Report on sanitation, dispensaries, and jails in Rajputana for 1921, and on vaccination for the year 1921-1922 - 1921-1922
Year: 1921
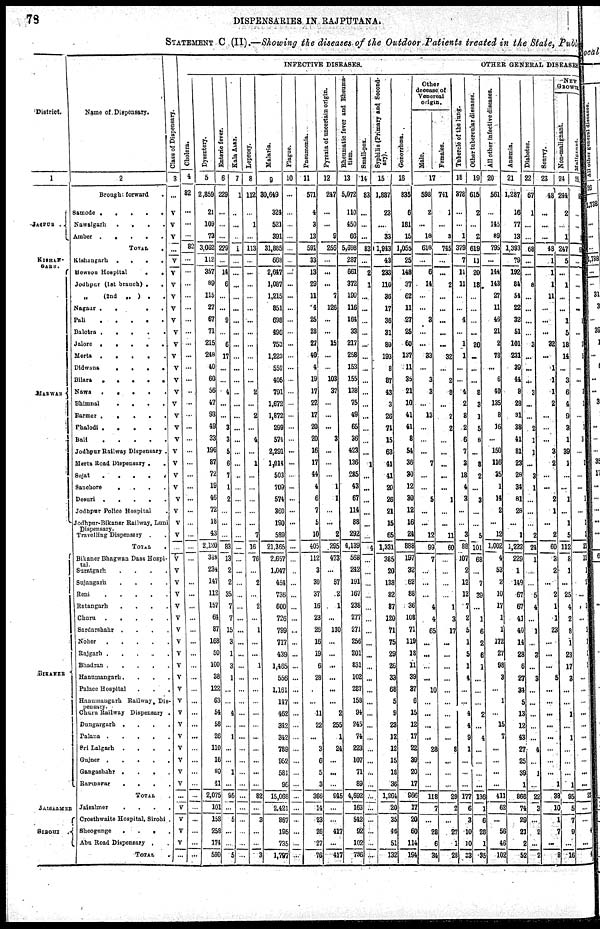
78
DISPENSARIES IN RAJPUTANA.
STATEMENT C (II).—Showing the diseases of the Outdoor Patients treated in the State, Public
District.
1
JAIPUR.
KISHAN¬
GARH.
MARWAR.
BIKANER.
JAISALMER.
SIROHI.
Name of Dispensary.
2
Brought forward.
Samode
.....
Nawalgarh
.
.
.
.
Amber
.
.
.
.
.
TOTAL
.
Kishangarh
.
.
.
.
Howson Hospital
..
Jodhpur(1st branch) ..
„ (2nd „ )
..
Nagaur
.....
Pali
.....
Balotra
.
.
.
.
.
Jalore .....
Merta
.
.
.
.
.
Didwana
....
Bilara
.
.
.
.
.
Nawa .
.
.
.
.
Bhimnal
.
.
.
.
Barmer
.
.
.
.
.
Phalodi
Bali
.....
Jodhpur Railway Dispensary.
Merta Road Dispensary ..
Sujat
.....
Sanchore
. . . .
Desuri
.
.
.
.
.
Jodhpur Police Hospital .
Jodhpur-Bikaner Railway, Luni
Dispensary.
Travelling Dispensary ..
TOTAL .
Bikaner Bhngwan Dass Hospi¬
tal.
Suratgarh
.
.
.
.
Sajangarh
.
.
.
.
Reni
.....
Ratangarh
.
.
.
.
Churu
.....
Sardarshahr
.
.
.
.
Noher
.....
Rajgarh
Bhadran
.....
Hanumangarh ...
Palace Hospital
. . .
Hanumangah Railway, Dis¬
pensary.
Churu Railway Dispensary .
Dungargarh
.
.
.
.
Palana
.....
Sri Lalgarh
.
.
.
.
Gujner
.....
Gangashahr
.
.
.
.
Ramnagar
.
.
.
.
TOTAL.
Jaisalmer
.
.
.
.
Crosthwaite Hospital, Sirohi .
Sheogunge
....
Abu Road Dispensary ..
TOTAL.
Cl ass of Di s pens ar y.
3
...
V
V
V
...
V
V
V
V
V
V
V
V
V
V
V
V
V
V
V
V
V
V
V
V
V
V
V
V
...
V
V
V
V
V
V
V
V
V
V
V
V
V
V
V
V
V
V
V
V
...
V
V
V
V
...
INFECTIVE DISEASES.
Cholera.
4
82
...
...
...
82
...
...
...
...
...
...
...
...
...
...
...
...
...
...
...
...
...
...
...
...
...
...
...
...
...
...
...
...
...
...
...
...
...
...
...
...
...
...
...
...
...
...
...
...
...
...
...
...
...
...
Dysentery.
5
2,859
21
109
73
3,062
112
357
89
115
27
67
71
215
248
40
60
56
47
93
49
33
196
87
72
19
46
72
18
43
2,120
348
234
147
112
157
64
87
168
50
100
38
122
63
54
58
26
110
16
80
41
2,075
101
158
258
174
590
Enteric fever.
6
229
...
...
...
229
...
14
6
...
...
9
...
6
17
...
...
4
...
...
3
3
5
6
7
1
2
...
...
...
83
13
2
2
35
7
7
15
3
1
3
1
...
...
4
...
1
...
...
1
...
95
...
5
...
...
5
Kala Azar.
7
1
...
...
...
1
...
...
...
...
...
...
...
...
...
...
...
...
...
...
...
...
...
...
..
...
...
...
...
...
...
...
...
...
...
...
...
...
...
...
...
...
...
...
...
...
...
...
...
...
...
...
...
...
...
...
...
Leprosy.
8
112
...
1
...
113
...
...
...
...
...
...
...
...
...
...
...
2
...
2
...
4
...
1
...
...
...
...
...
7
16
76
...
2
...
2
...
1
...
...
1
...
...
...
...
...
...
...
...
...
...
82
...
3
...
...
3
Malaria.
9
30,649
324
521
391
31,885
668
2,647
1,087
1,215
851
698
496
753
1,223
552
405
791
1,672
1,872
299
574
2,291
1,014
503
709
574
360
190
589
21,365
2,657
1,047
454
736
600
726
799
717
439
1,465
556
1,161
147
462
342
342
789
952
581
96
15,068
2,421
867
195
735
1,797
Plague.
10
...
...
...
...
...
...
...
...
...
...
...
...
...
...
...
...
...
...
...
...
...
...
...
...
...
...
...
...
...
...
...
...
...
...
...
...
...
...
...
...
...
...
...
...
...
...
...
...
...
...
...
...
...
...
...
...
Pneumonia.
11
571
4
3
13
591
33
13
29
11
4
25
28
27
40
4
19
17
22
17
20
20
16
17
44
4
6
7
5
10
405
112
3
30
37
16
23
26
16
19
6
28
...
...
11
22
...
3
6
5
3
366
14
23
26
27
76
Pyrexia of uncertain origin.
12
247
...
...
9
256
...
...
...
7
126
...
...
15
...
...
103
37
...
...
...
3
...
...
...
1
1
...
...
2
295
473
...
57
2
1
...
130
...
...
...
...
...
...
2
255
1
24
...
...
...
945
...
...
417
...
417
Rheumatic fever and Rheuma-
tism.
13
5,072
110
450
66
5,698
287
661
372
199
116
164
33
217
258
153
155
138
75
49
65
36
423
136
285
43
67
114
88
292
4,139
568
242
191
167
238
277
271
256
201
831
102
287
158
94
245
74
223
107
71
89
4,692
163
542
92
102
786
Small-pox.
14
83
...
...
...
83
...
2
1
...
...
...
...
...
...
...
...
...
...
...
...
...
...
1
...
...
...
...
...
...
4
...
...
...
...
...
...
...
...
...
...
...
...
...
...
...
...
...
...
...
...
...
...
...
...
...
...
Syphilis (Primary and Second-
ary).
15
1,887
23
...
33
1,943
43
233
110
36
17
36
31
80
193
8
87
43
3
26
71
15
63
41
41
20
26
21
15
65
1,331
385
20
138
82
87
120
71
75
29
26
33
68
5
9
23
12
12
15
18
36
1,264
20
35
46
51
132
Gonorrhœa.
16
835
6
181
15
1,055
25
148
37
62
11
27
25
60
137
11
35
21
10
41
41
8
54
36
30
12
30
12
16
24
888
197
32
62
88
36
108
71
119
18
11
39
37
6
15
12
17
22
39
20
17
866
17
20
60
114
194
Other
decease of
Venereal
origin.
Male.
Females.
17
598
2
...
18
618
...
6
14
...
...
3
...
...
33
...
3
3
...
13
...
...
...
7
...
...
5
...
...
12
99
7
...
...
...
4
4
65
...
...
...
...
10
...
...
...
...
28
...
...
...
118
7
...
28
6
34
741
1
...
3
745
...
...
2
...
...
...
...
...
32
...
2
8
...
2
2
...
...
...
...
...
1
...
...
11
60
...
...
...
...
1
3
17
...
...
...
...
...
...
...
...
...
8
...
...
...
29
2
...
27
1
28
Tubercle of the lung.
18
378
...
...
1
379
7
11
11
...
...
4
...
1
1
...
...
4
2
8
2
6
7
3
18
4
3
...
...
3
88
107
2
12
13
7
2
5
1
5
1
4
...
...
4
4
9
1
...
...
...
177
6
3
10
10
33
Other tubercular diseases.
19
615
2
...
2
619
11
20
18
...
...
...
...
20
...
...
...
8
3
1
5
8
...
8
2
...
3
...
...
5
101
68
...
7
39
...
1
6
2
6
1
...
...
...
2
...
4
...
...
...
...
136
1
6
28
1
35
OTHER GENERAL DISEASES
All other infective diseases.
20
561
...
145
89
795
...
144
143
27
11
46
21
2
78
...
6
40
135
8
16
...
150
116
35
1
14
2
...
12
1,002
4
53
2
10
17
1
1
172
27
98
3
...
1
...
15
7
...
...
...
...
411
62
...
56
46
102
Anæmia.
21
1,287
16
77
13
1,393
79
192
84
54
22
32
51
101
231
39
44
8
28
31
38
41
81
23
28
34
81
28
...
1
1,222
229
1
149
67
67
41
40
14
28
6
27
34
5
13
12
43
27
25
39
1
868
74
29
21
2
52
Diabetes.
22
67
1
...
...
68
...
...
8
...
...
...
...
3
...
...
...
3
...
...
2
1
1
...
3
1
...
...
...
2
24
1
...
...
5
4
...
1
...
3
...
3
...
...
...
...
...
4
...
1
...
22
3
...
2
...
2
Scurvy.
23
48
...
...
...
48
1
1
1
11
...
...
...
32
...
1
1
1
2
...
...
...
3
2
...
...
2
1
...
2
60
3
2
...
2
1
1
23
...
...
...
5
...
...
...
...
...
...
...
...
1
38
10
1
7
...
8
NEW
GROWTH
Non- ma ligna nt.
24
244
2
...
1
247
5
...
1
...
...
1
5
18
14
...
3
6
4
9
3
1
39
1
...
...
1
...
1
5
112
8
1
...
25
4
2
8
1
23
17
3
...
...
1
...
1
...
...
...
1
95
5
7
9
...
16
Ma ligna nt.
25
6
...
...
1
68
...
...
...
...
...
1
...
3
1
...
...
3
1
...
1
3
...
1
...
...
1
...
1
1
21
12
1
2
...
3
...
2
1
1
1
...
...
...
...
...
...
...
...
...
...
2
...
...
4
...
4